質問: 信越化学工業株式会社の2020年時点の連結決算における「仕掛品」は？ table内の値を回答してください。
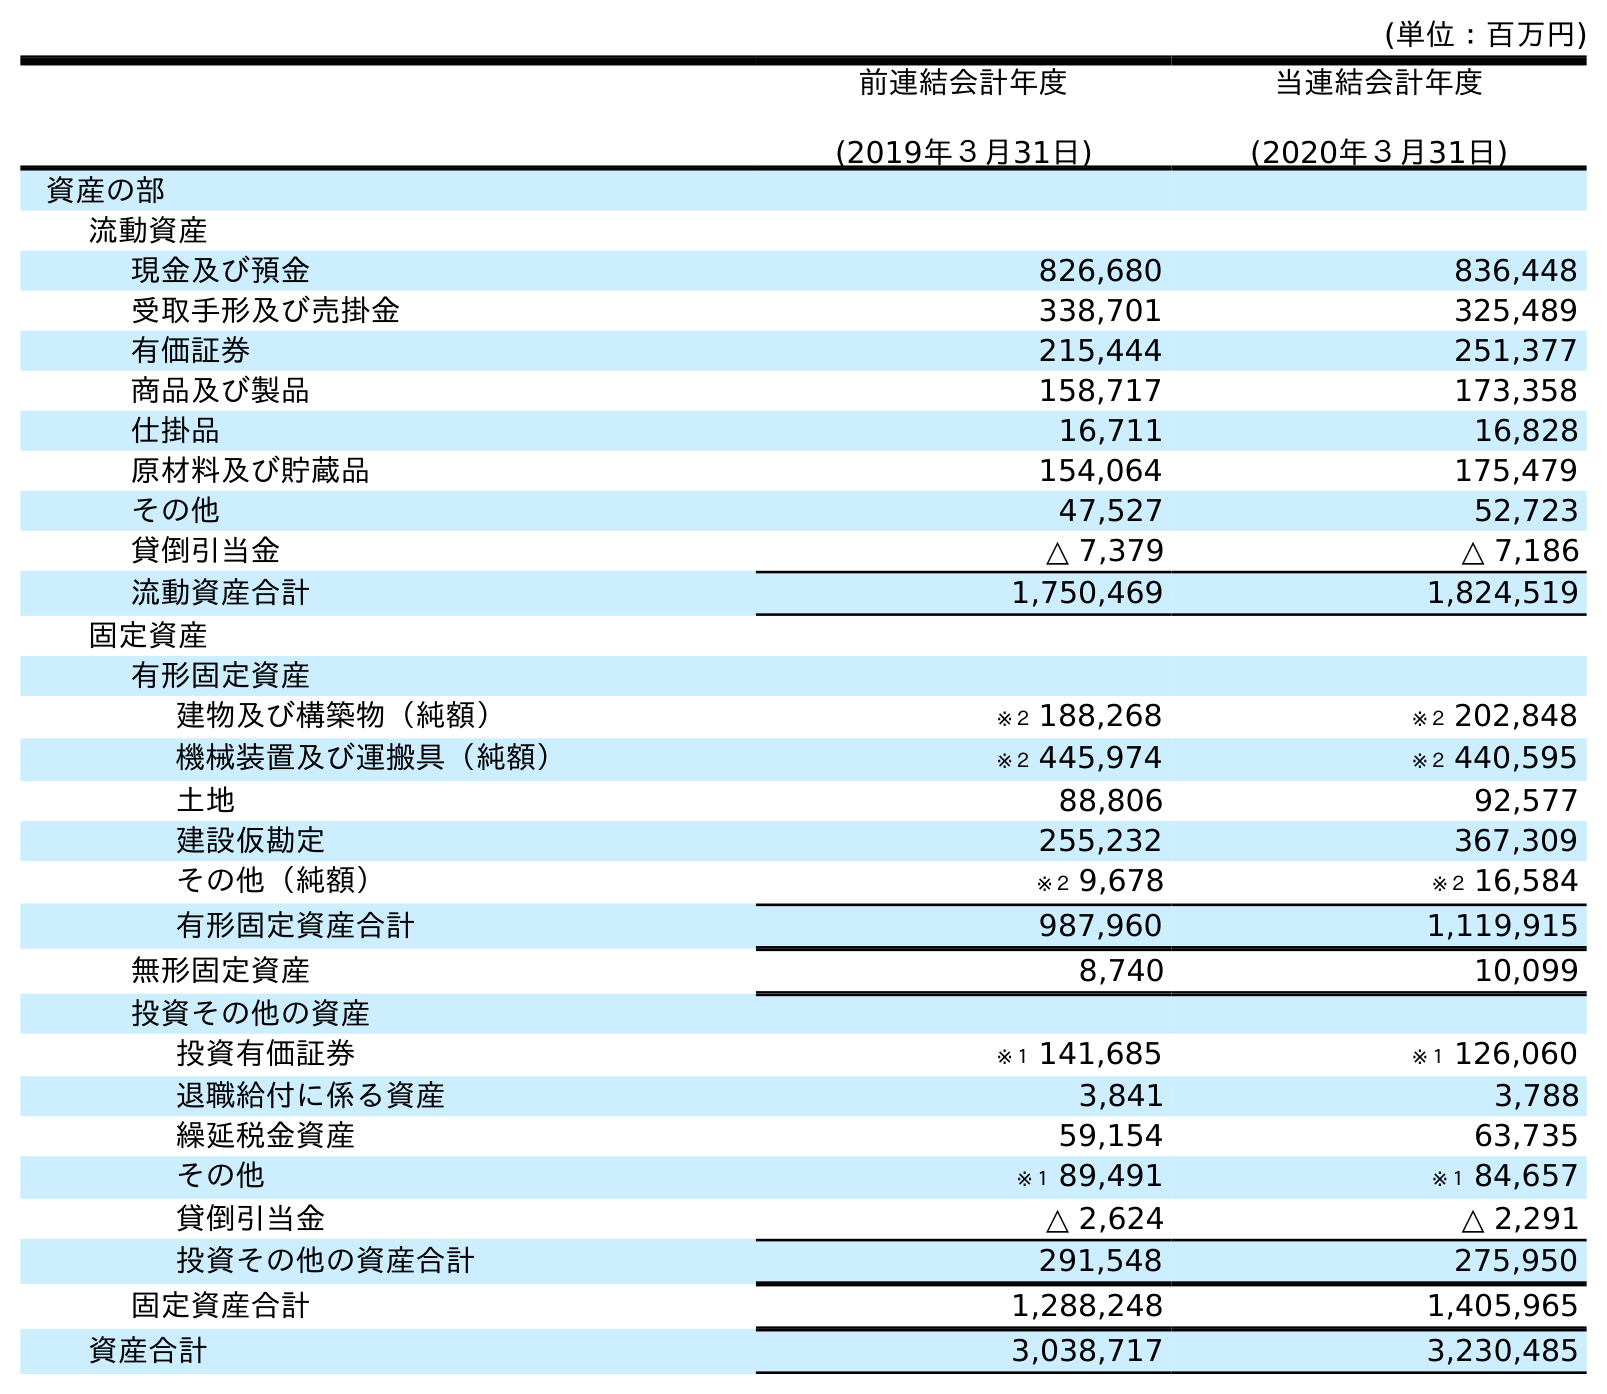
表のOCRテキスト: (単位：百万円) 前連結会計年度 (2019年３月31日) 当連結会計年度 (2020年３月31日) 資産の部 流動資産 現金及び預金 826,680 836,448 受取手形及び売掛金 338,701 325,489 有価証券 215,444 251,377 商品及び製品 158,717 173,358 仕掛品 16,711 16,828 原材料及び貯蔵品 154,064 175,479 その他 47,527 52,723 貸倒引当金 △ 7,379 △ 7,186 流動資産合計 1,750,469 1,824,519 固定資産 有形固定資産 建物及び構築物（純額） ※２ 188,268 ※２ 202,848 機械装置及び運搬具（純額） ※２ 445,974 ※２ 440,595 土地 88,806 92,577 建設仮勘定 255,232 367,309 その他（純額） ※２ 9,678 ※２ 16,584 有形固定資産合計 987,960 1,119,915 無形固定資産 8,740 10,099 投資その他の資産 投資有価証券 ※１ 141,685 ※１ 126,060 退職給付に係る資産 3,841 3,788 繰延税金資産 59,154 63,735 その他 ※１ 89,491 ※１ 84,657 貸倒引当金 △ 2,624 △ 2,291 投資その他の資産合計 291,548 275,950 固定資産合計 1,288,248 1,405,965 資産合計 3,038,717 3,230,485
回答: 16,828